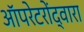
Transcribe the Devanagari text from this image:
ऑपरेटरोंद्वारा